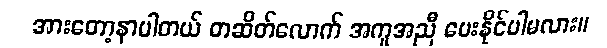
အားတော့နာပါတယ် တဆိတ်လောက် အကူအညီ ပေးနိုင်ပါမလား။